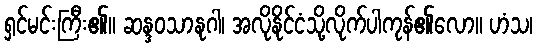
ရှင်မင်းကြီး၏။ ဆန္ဒဝသာနုဂါ၊ အလိုနိုင်ငံသို့လိုက်ပါကုန်၏လော။ ဟံသ၊